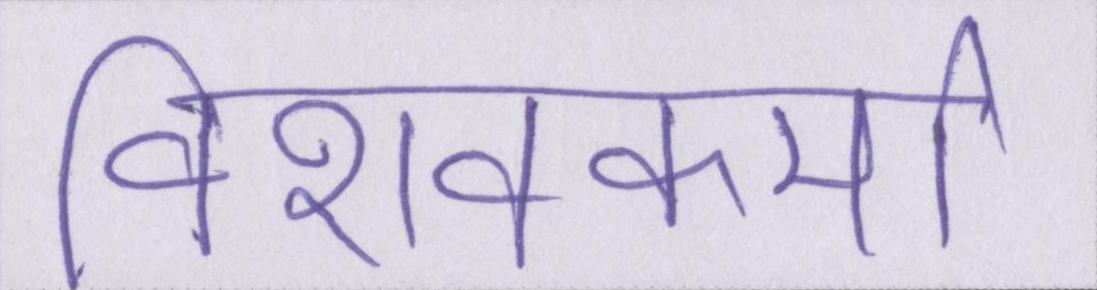
विशवकर्मा